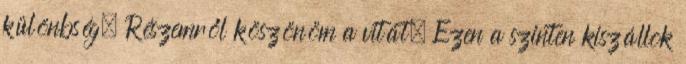
különbség. Részemről köszönöm a vitát. Ezen a szinten kiszállok